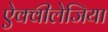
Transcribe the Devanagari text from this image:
ऐक्वीलेजिया